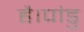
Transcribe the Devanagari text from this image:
है।पांडु